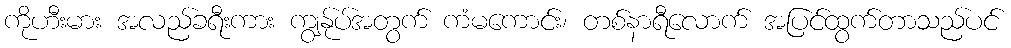
ကိုဟီးမား အလည်ခရီးကား ကျွန်ုပ်အတွက် ကံမကောင်း၊ တစ်နာရီလောက် အပြင်ထွက်တာသည်ပင်